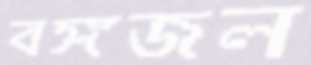
বঙ্গজল